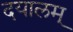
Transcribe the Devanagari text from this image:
दयालम्